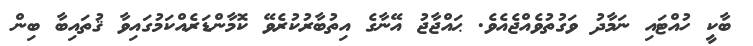
ބާކީ ހުއްޓައި ނަމާދު ވަގުތުވެއްޖެއެވެ. ޙައްޖާޖު އޭނާގެ އިތުބާރުކުރެވޭ ކޮމާންޑަރެއްކަމުގައިވާ ޤުތައިބާ ބިން